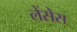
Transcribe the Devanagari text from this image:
लेंसेस